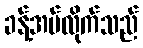
ခန့်အပ်လိုက်သည်